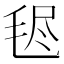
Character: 𣭥